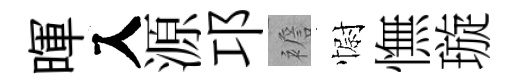
暉入源邛襜𢠢憮璇